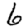
Digit: 6